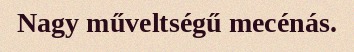
Nagy műveltségű mecénás.